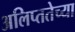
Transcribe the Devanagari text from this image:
अलिप्ततेच्या